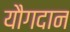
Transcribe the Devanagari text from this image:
यौगदान